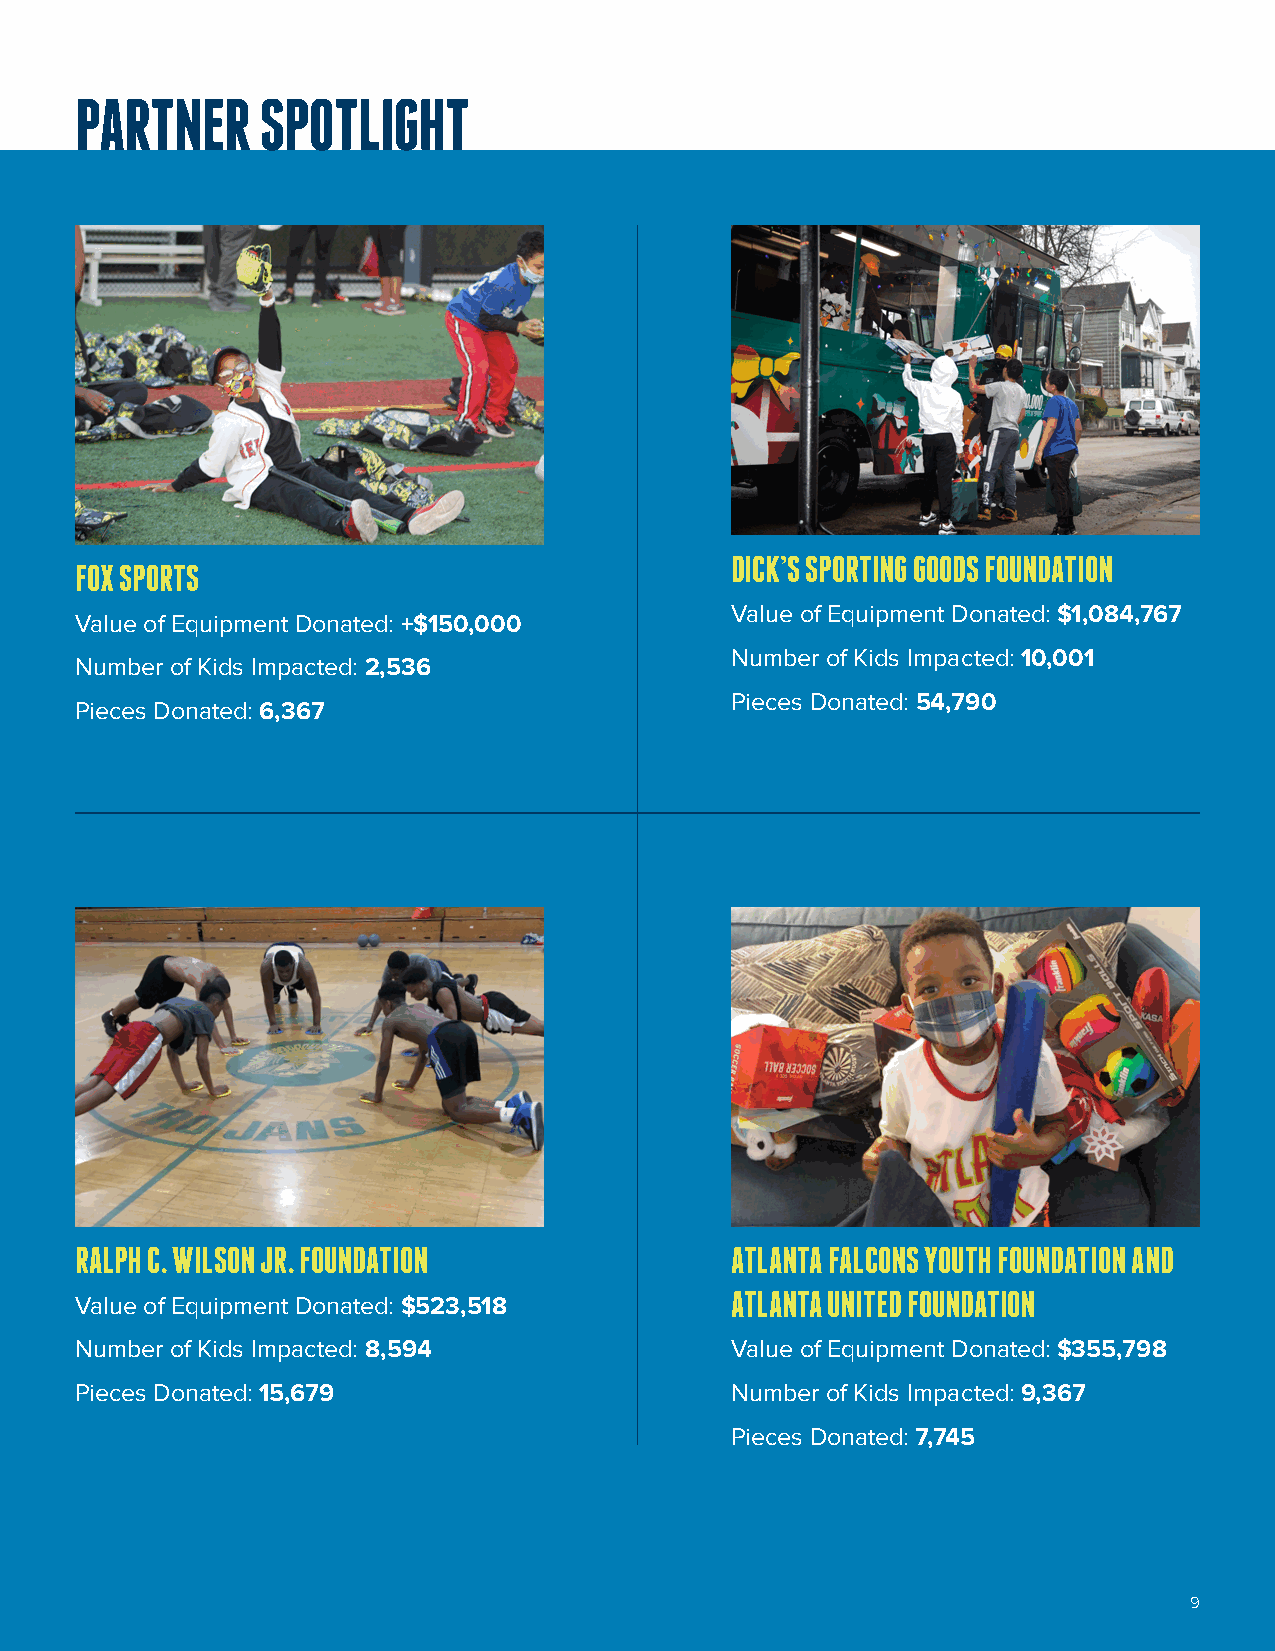
PARTNER     SPOTLIGHT
 DICK’S SPORTING GOODS FOUNDATION
 FOX SPORTS
 Value of Equipment Donated: $1,084,767
 Value of Equipment Donated: +$150,000
 Number of Kids Impacted: 10,001
 Number of Kids Impacted: 2,536
 Pieces Donated: 54,790
 Pieces Donated: 6,367
 RALPH C. WILSON JR. FOUNDATION             ATLANTA FALCONS YOUTH FOUNDATION AND
 ATLANTA UNITED FOUNDATION
 Value of Equipment Donated: $523,518
 Number of Kids Impacted: 8,594             Value of Equipment Donated: $355,798
 Pieces Donated: 15,679                     Number of Kids Impacted: 9,367
 Pieces Donated: 7,745
 9